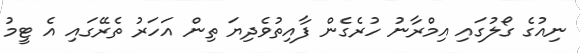
ނިއުގެ ގޯލުގައި އިމްރާނު ހުރެގެން ފާއިތުވެދިޔަ ތިން އަހަރު ތެރޭގައި އެ ޓީމު